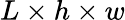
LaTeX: L\times h\times w